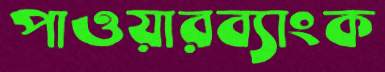
পাওয়ারব্যাংক